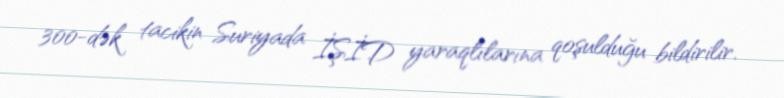
300-dək tacikin Suriyada İŞİD yaraqlılarına qoşulduğu bildirilir.